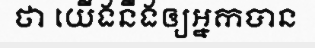
ថា យើងនឹងឲ្យអ្នកបាន